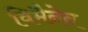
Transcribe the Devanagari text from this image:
विमैनेन